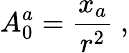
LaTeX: A_{0}^{a}=\frac{x_{a}}{r^{2}}~,